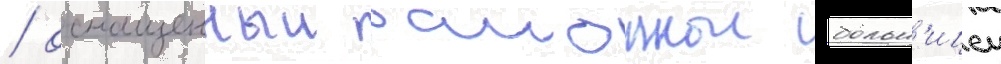
/ оснащенныи раионнои больн'ицеи